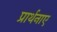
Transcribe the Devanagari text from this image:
प्रार्थनाए